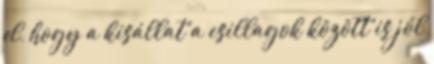
el, hogy a kisállat a csillagok között is jól